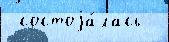
 состоjа́лась